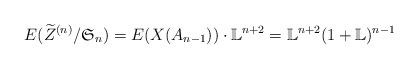
LaTeX: \begin{align*}E(\widetilde Z^{(n)}/\mathfrak S_n) = E(X(A_{n-1})) \cdot \mathbb L^{n+2} = \mathbb L^{n+2}(1+\mathbb L)^{n-1}\end{align*}